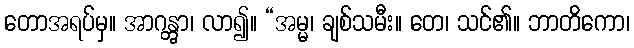
တောအရပ်မှ။ အာဂန္တွာ၊ လာ၍။ “အမ္မ၊ ချစ်သမီး။ တေ၊ သင်၏။ ဘာတိကော၊